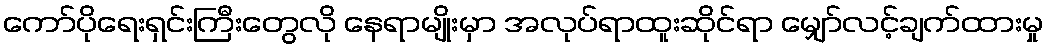
ကော်ပိုရေးရှင်းကြီးတွေလို နေရာမျိုးမှာ အလုပ်ရာထူးဆိုင်ရာ မျှော်လင့်ချက်ထားမှု